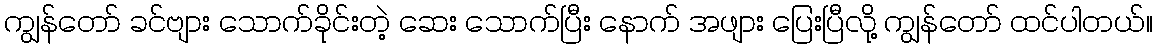
ကျွန်တော် ခင်ဗျား သောက်ခိုင်းတဲ့ ဆေး သောက်ပြီး နောက် အဖျား ပြေးပြီလို့ ကျွန်တော် ထင်ပါတယ်။